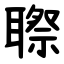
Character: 䏅